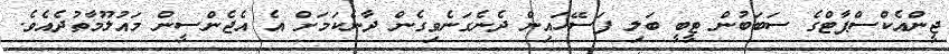
ޖީންއެކްސްޕާޓްގެ ސަބަބުން ޓީބީ ބަލި ފަސޭހައިން ދެނެގަނެވިގެން ދާނެކަމަށް އެ އެޖެންސީން މައުލޫމާތުދެއެވެ.